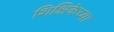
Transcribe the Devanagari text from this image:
शिक्षिकेच्या